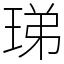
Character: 珶